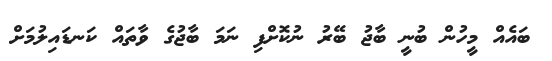
ބައެއް މީހުން ބުނީ ބާޖު ބޭރު ނުކޮށްފި ނަމަ ބާޖުގެ ވާތައް ކަނޑައިލުމަށް